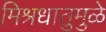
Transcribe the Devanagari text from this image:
मिश्रधातुमुळे